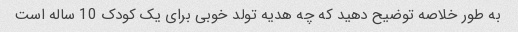
به طور خلاصه توضیح دهید که چه هدیه تولد خوبی برای یک کودک 10 ساله است